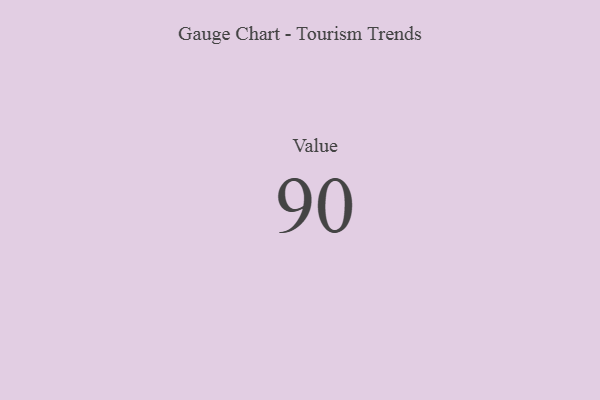
{"axis": {"x": "Metric", "y": "Value"}, "legend": [""], "data": [{"x": "Value", "y": 90, "type": ""}]}